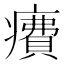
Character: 𤺕